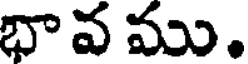
భా వ ము.